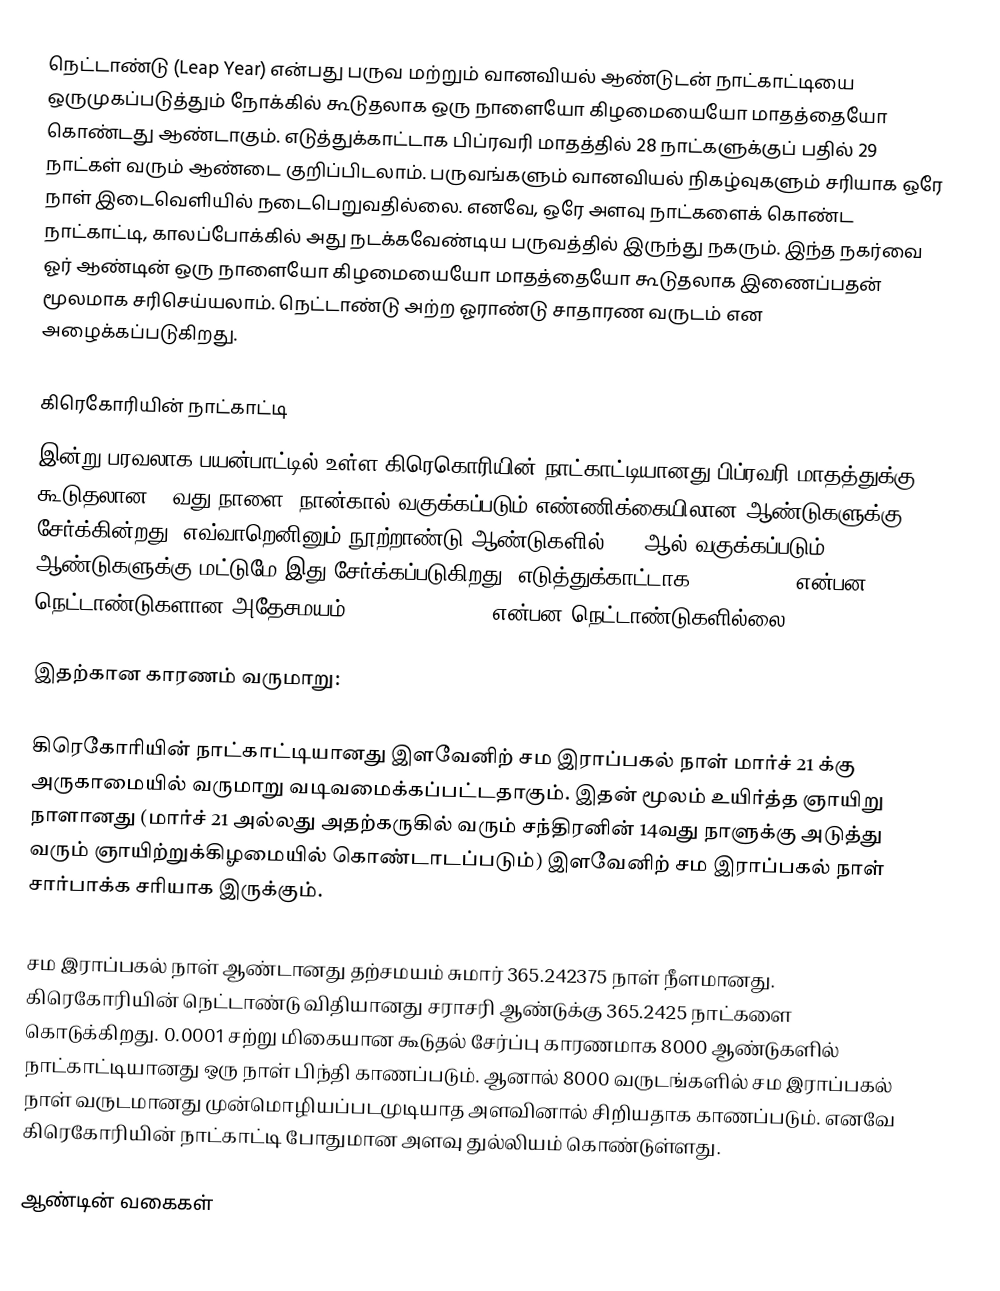
நெட்டாண்டு (Leap Year) என்பது பருவ மற்றும் வானவியல் ஆண்டுடன் நாட்காட்டியை ஒருமுகப்படுத்தும் நோக்கில் கூடுதலாக ஒரு நாளையோ கிழமையையோ மாதத்தையோ கொண்டது ஆண்டாகும். எடுத்துக்காட்டாக பிப்ரவரி மாதத்தில் 28 நாட்களுக்குப் பதில் 29 நாட்கள் வரும் ஆண்டை குறிப்பிடலாம். பருவங்களும் வானவியல் நிகழ்வுகளும் சரியாக ஒரே நாள் இடைவெளியில் நடைபெறுவதில்லை. எனவே, ஒரே அளவு நாட்களைக் கொண்ட நாட்காட்டி, காலப்போக்கில் அது நடக்கவேண்டிய பருவத்தில் இருந்து நகரும். இந்த நகர்வை ஓர் ஆண்டின் ஒரு நாளையோ கிழமையையோ மாதத்தையோ கூடுதலாக இணைப்பதன் மூலமாக சரிசெய்யலாம். நெட்டாண்டு அற்ற ஓராண்டு சாதாரண வருடம் என அழைக்கப்படுகிறது.

கிரெகோரியின் நாட்காட்டி
இன்று பரவலாக பயன்பாட்டில் உள்ள கிரெகொரியின் நாட்காட்டியானது பிப்ரவரி மாதத்துக்கு கூடுதலான 29வது நாளை, நான்கால் வகுக்கப்படும் எண்ணிக்கையிலான ஆண்டுகளுக்கு சேர்க்கின்றது. எவ்வாறெனினும் நூற்றாண்டு ஆண்டுகளில் 400 ஆல் வகுக்கப்படும் ஆண்டுகளுக்கு மட்டுமே இது சேர்க்கப்படுகிறது. எடுத்துக்காட்டாக, 1600, 2000 என்பன நெட்டாண்டுகளான அதேசமயம் 1700, 1800, 1900 என்பன நெட்டாண்டுகளில்லை.

இதற்கான காரணம் வருமாறு:

கிரெகோரியின் நாட்காட்டியானது இளவேனிற் சம இராப்பகல் நாள் மார்ச் 21 க்கு அருகாமையில் வருமாறு வடிவமைக்கப்பட்டதாகும். இதன் மூலம் உயிர்த்த ஞாயிறு நாளானது (மார்ச் 21 அல்லது அதற்கருகில் வரும் சந்திரனின் 14வது நாளுக்கு அடுத்து வரும் ஞாயிற்றுக்கிழமையில் கொண்டாடப்படும்) இளவேனிற் சம இராப்பகல் நாள் சார்பாக்க சரியாக இருக்கும்.

சம இராப்பகல் நாள் ஆண்டானது தற்சமயம் சுமார் 365.242375 நாள் நீளமானது. கிரெகோரியின் நெட்டாண்டு விதியானது சராசரி ஆண்டுக்கு 365.2425 நாட்களை கொடுக்கிறது. 0.0001 சற்று மிகையான கூடுதல் சேர்ப்பு காரணமாக 8000 ஆண்டுகளில் நாட்காட்டியானது ஒரு நாள் பிந்தி காணப்படும். ஆனால் 8000 வருடங்களில் சம இராப்பகல் நாள் வருடமானது முன்மொழியப்படமுடியாத அளவினால் சிறியதாக காணப்படும். எனவே கிரெகோரியின் நாட்காட்டி போதுமான அளவு துல்லியம் கொண்டுள்ளது.

ஆண்டின் வகைகள்